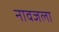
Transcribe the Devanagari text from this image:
नावजला